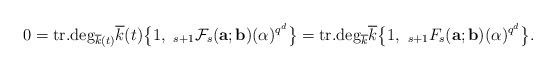
LaTeX: \begin{align*}0={\rm tr.deg}_{\overline{k}(t)}\overline{k}(t)\bigl\{1,\ _{s+1}\mathcal{F}_s({\bf a};{\bf b})(\alpha)^{q^{d}} \bigr\}={\rm tr.deg}_{\overline{k}}\overline{k}\bigl\{1,\ _{s+1}F_s({\bf a};{\bf b})(\alpha)^{q^{d}} \bigr\}.\end{align*}